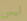
ليس